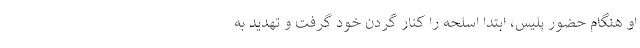
او هنگام حضور پلیس، ابتدا اسلحه را کنار گردن خود گرفت و تهدید به